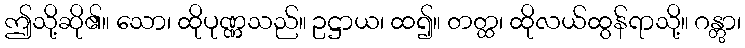
ဤသို့ဆို၏။ သော၊ ထိုပုဏ္ဏသည်။ ဥဋ္ဌာယ၊ ထ၍။ တတ္ထ၊ ထိုလယ်ထွန်ရာသို့။ ဂန္တွာ၊